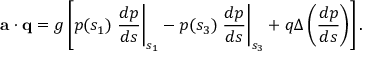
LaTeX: { \bf a } \cdot { \bf q } = g \left[ p ( s _ { 1 } ) \left. \frac { d p } { d s } \right| _ { s _ { 1 } } - p ( s _ { 3 } ) \left. \frac { d p } { d s } \right| _ { s _ { 3 } } + q \Delta \left( \frac { d p } { d s } \right) \right] .